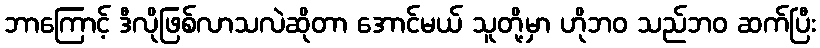
ဘာကြောင့် ဒီလိုဖြစ်လာသလဲဆိုတာ အောင်မယ် သူတို့မှာ ဟိုဘဝ သည်ဘဝ ဆက်ပြီး